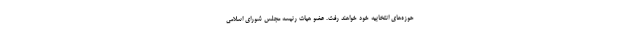
حوزه‌های انتخابیه خود خواهند رفت. عضو هیات رئیسه مجلس شورای اسلامی